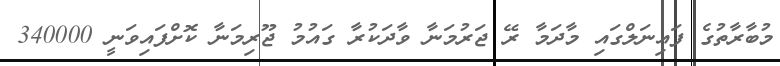
މުބާރާތުގެ ފައިނަލްގައި މާދަމާ ރޭ ޖަރުމަނާ ވާދަކުރާ ގައުމު ޖޫރިމަނާ ކޮށްފައިވަނީ 340000